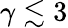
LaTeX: \gamma\lesssim 3